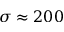
\sigma \approx 2 0 0